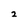
Character: 2